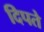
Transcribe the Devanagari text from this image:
दिपते